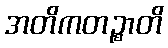
အတိကတဉ္စာတိ